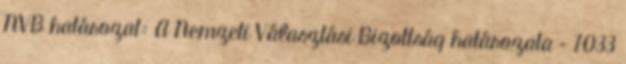
NVB határozat: A Nemzeti Választási Bizottság határozata – 7033